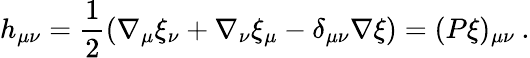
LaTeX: h_{\mu\nu}=\frac{1}{2}\left(\nabla_{\mu}\xi_{\nu}+\nabla_{\nu}\xi_{\mu}-\delta_{\mu\nu}\nabla\xi\right)=(P\xi)_{\mu\nu}\: .